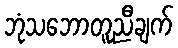
ဘုံသဘောတူညီချက်